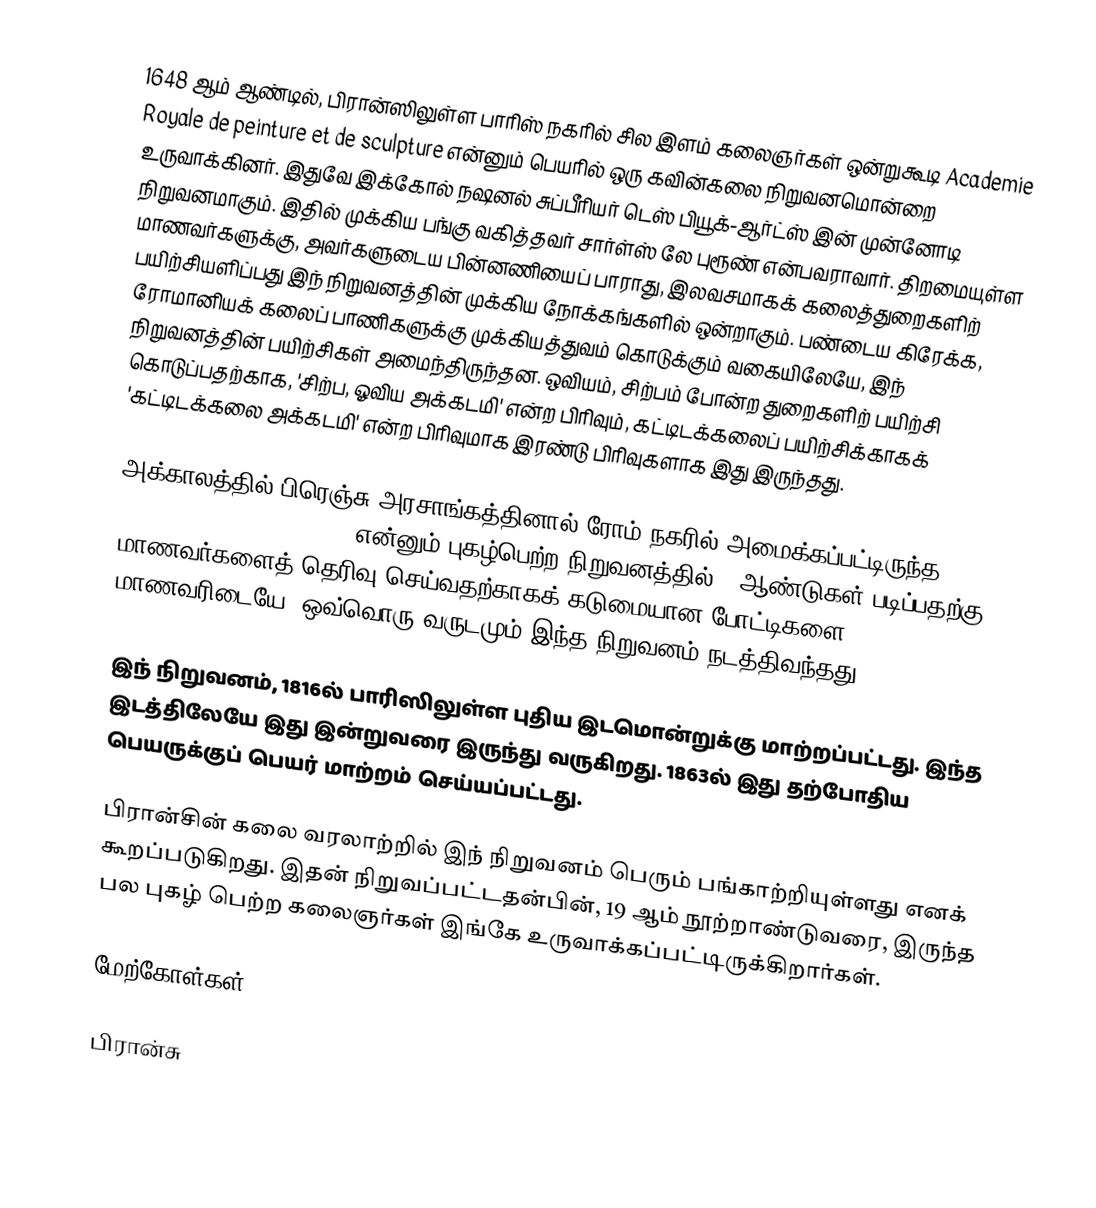
1648 ஆம் ஆண்டில், பிரான்ஸிலுள்ள பாரிஸ் நகரில் சில இளம் கலைஞர்கள் ஒன்றுகூடி Academie Royale de peinture et de sculpture என்னும் பெயரில் ஒரு கவின்கலை நிறுவனமொன்றை உருவாக்கினர். இதுவே இக்கோல் நஷனல் சுப்பீரியர் டெஸ் பியூக்-ஆர்ட்ஸ் இன் முன்னோடி நிறுவனமாகும். இதில் முக்கிய பங்கு வகித்தவர் சார்ள்ஸ் லே புரூண் என்பவராவார். திறமையுள்ள மாணவர்களுக்கு, அவர்களுடைய பின்னணியைப் பாராது, இலவசமாகக் கலைத்துறைகளிற் பயிற்சியளிப்பது இந் நிறுவனத்தின் முக்கிய நோக்கங்களில் ஒன்றாகும். பண்டைய கிரேக்க, ரோமானியக் கலைப் பாணிகளுக்கு முக்கியத்துவம் கொடுக்கும் வகையிலேயே, இந் நிறுவனத்தின் பயிற்சிகள் அமைந்திருந்தன. ஒவியம், சிற்பம் போன்ற துறைகளிற் பயிற்சி கொடுப்பதற்காக, 'சிற்ப, ஓவிய அக்கடமி' என்ற பிரிவும், கட்டிடக்கலைப் பயிற்சிக்காகக் 'கட்டிடக்கலை அக்கடமி' என்ற பிரிவுமாக இரண்டு பிரிவுகளாக இது இருந்தது.

அக்காலத்தில் பிரெஞ்சு அரசாங்கத்தினால் ரோம் நகரில் அமைக்கப்பட்டிருந்த Academie de France a Rome என்னும் புகழ்பெற்ற நிறுவனத்தில் 4 ஆண்டுகள் படிப்பதற்கு மாணவர்களைத் தெரிவு செய்வதற்காகக் கடுமையான போட்டிகளை மாணவரிடையே, ஒவ்வொரு வருடமும் இந்த நிறுவனம் நடத்திவந்தது.

இந் நிறுவனம், 1816ல் பாரிஸிலுள்ள புதிய இடமொன்றுக்கு மாற்றப்பட்டது. இந்த இடத்திலேயே இது இன்றுவரை இருந்து வருகிறது. 1863ல் இது தற்போதிய பெயருக்குப் பெயர் மாற்றம் செய்யப்பட்டது.

பிரான்சின் கலை வரலாற்றில் இந் நிறுவனம் பெரும் பங்காற்றியுள்ளது எனக் கூறப்படுகிறது. இதன் நிறுவப்பட்டதன்பின், 19 ஆம் நூற்றாண்டுவரை, இருந்த பல புகழ் பெற்ற கலைஞர்கள் இங்கே உருவாக்கப்பட்டிருக்கிறார்கள்.

மேற்கோள்கள்

பிரான்சு